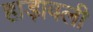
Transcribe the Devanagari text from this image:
हाड़ावली